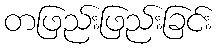
တဖြည်းဖြည်းခြင်း